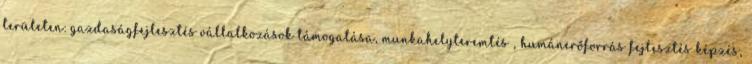
területen: gazdaságfejlesztés vállalkozások támogatása, munkahelyteremtés , humánerőforrás fejlesztés képzés,